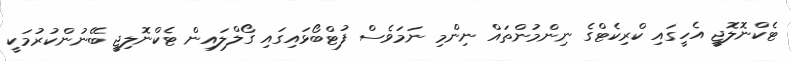
ޓެކްނޮލޮޖީ އެހީގައި ކްރިކެޓްގެ ނިންމުންތައް ނިންމި ނަމަވެސް ފުޓްބޯޅައިގައި ގޯލްލައިން ޓެކްނޮލިޖީ ބޭނުންކުރުމަކީ